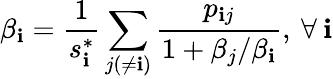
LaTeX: \beta_{\mathbf{i}}=\frac{{1}}{{s_{\mathbf{i}}^{*}}}\sum_{j(\neq\mathbf{i})}\frac{{p_{\mathbf{i}j}}}{{1+\beta_{j}/\beta_{\mathbf{i}}}},\: \forall\: \mathbf{i}